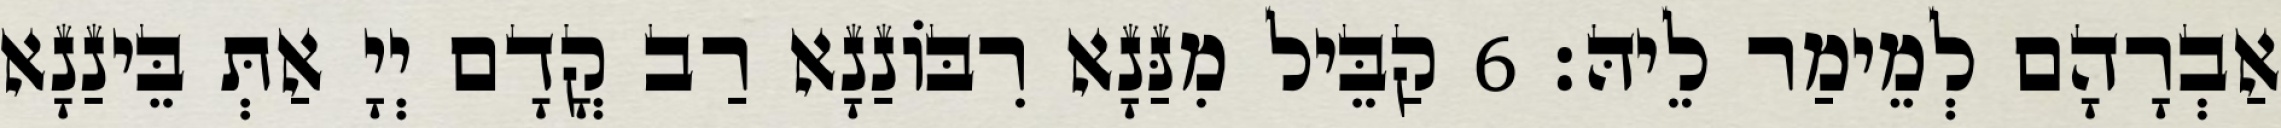
אַבְרָהָם לְמֵימַר לֵיהּ׃ 6 קַבֵּיל מִנַּנָא רִבּוֹנַנָא רַב קֳדָם יְיָ אַתְּ בֵּינַנָא